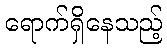
ရောက်ရှိနေသည့်